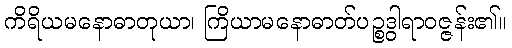
ကိရိယမနောဓာတုယာ၊ ကြိယာမနောဓာတ်ပဉ္စဒွါရာဝဇ္ဇန်း၏။